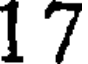
1 7